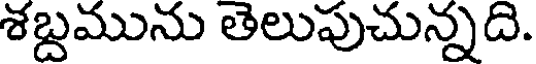
శబ్దమును తెలుపుచున్నది.